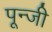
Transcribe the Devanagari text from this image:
पून्जी